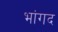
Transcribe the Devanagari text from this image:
भांगद